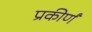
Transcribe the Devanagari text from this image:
प्रकीर्णं